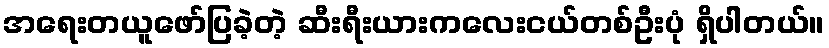
အရေးတယူဖော်ပြခဲ့တဲ့ ဆီးရီးယားကလေးငယ်တစ်ဦးပုံ ရှိပါတယ်။